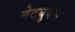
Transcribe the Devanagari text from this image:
नेटबुक्स